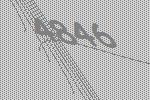
4846